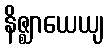
နိဇ္ဈာယေယျ